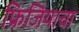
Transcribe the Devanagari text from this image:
फ्रिजियाचा